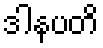
ဒါနပတိ